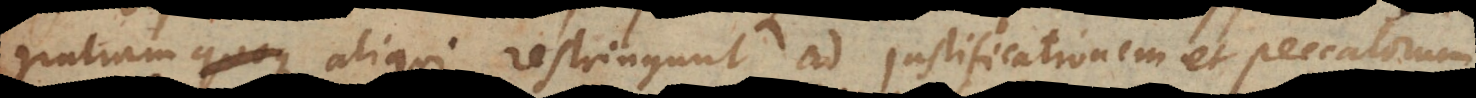
gratiam aliqui restringunt ad justificationem et peccatorum